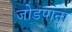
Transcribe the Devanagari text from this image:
जोडपाना